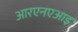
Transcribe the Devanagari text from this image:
आरएनएआइ